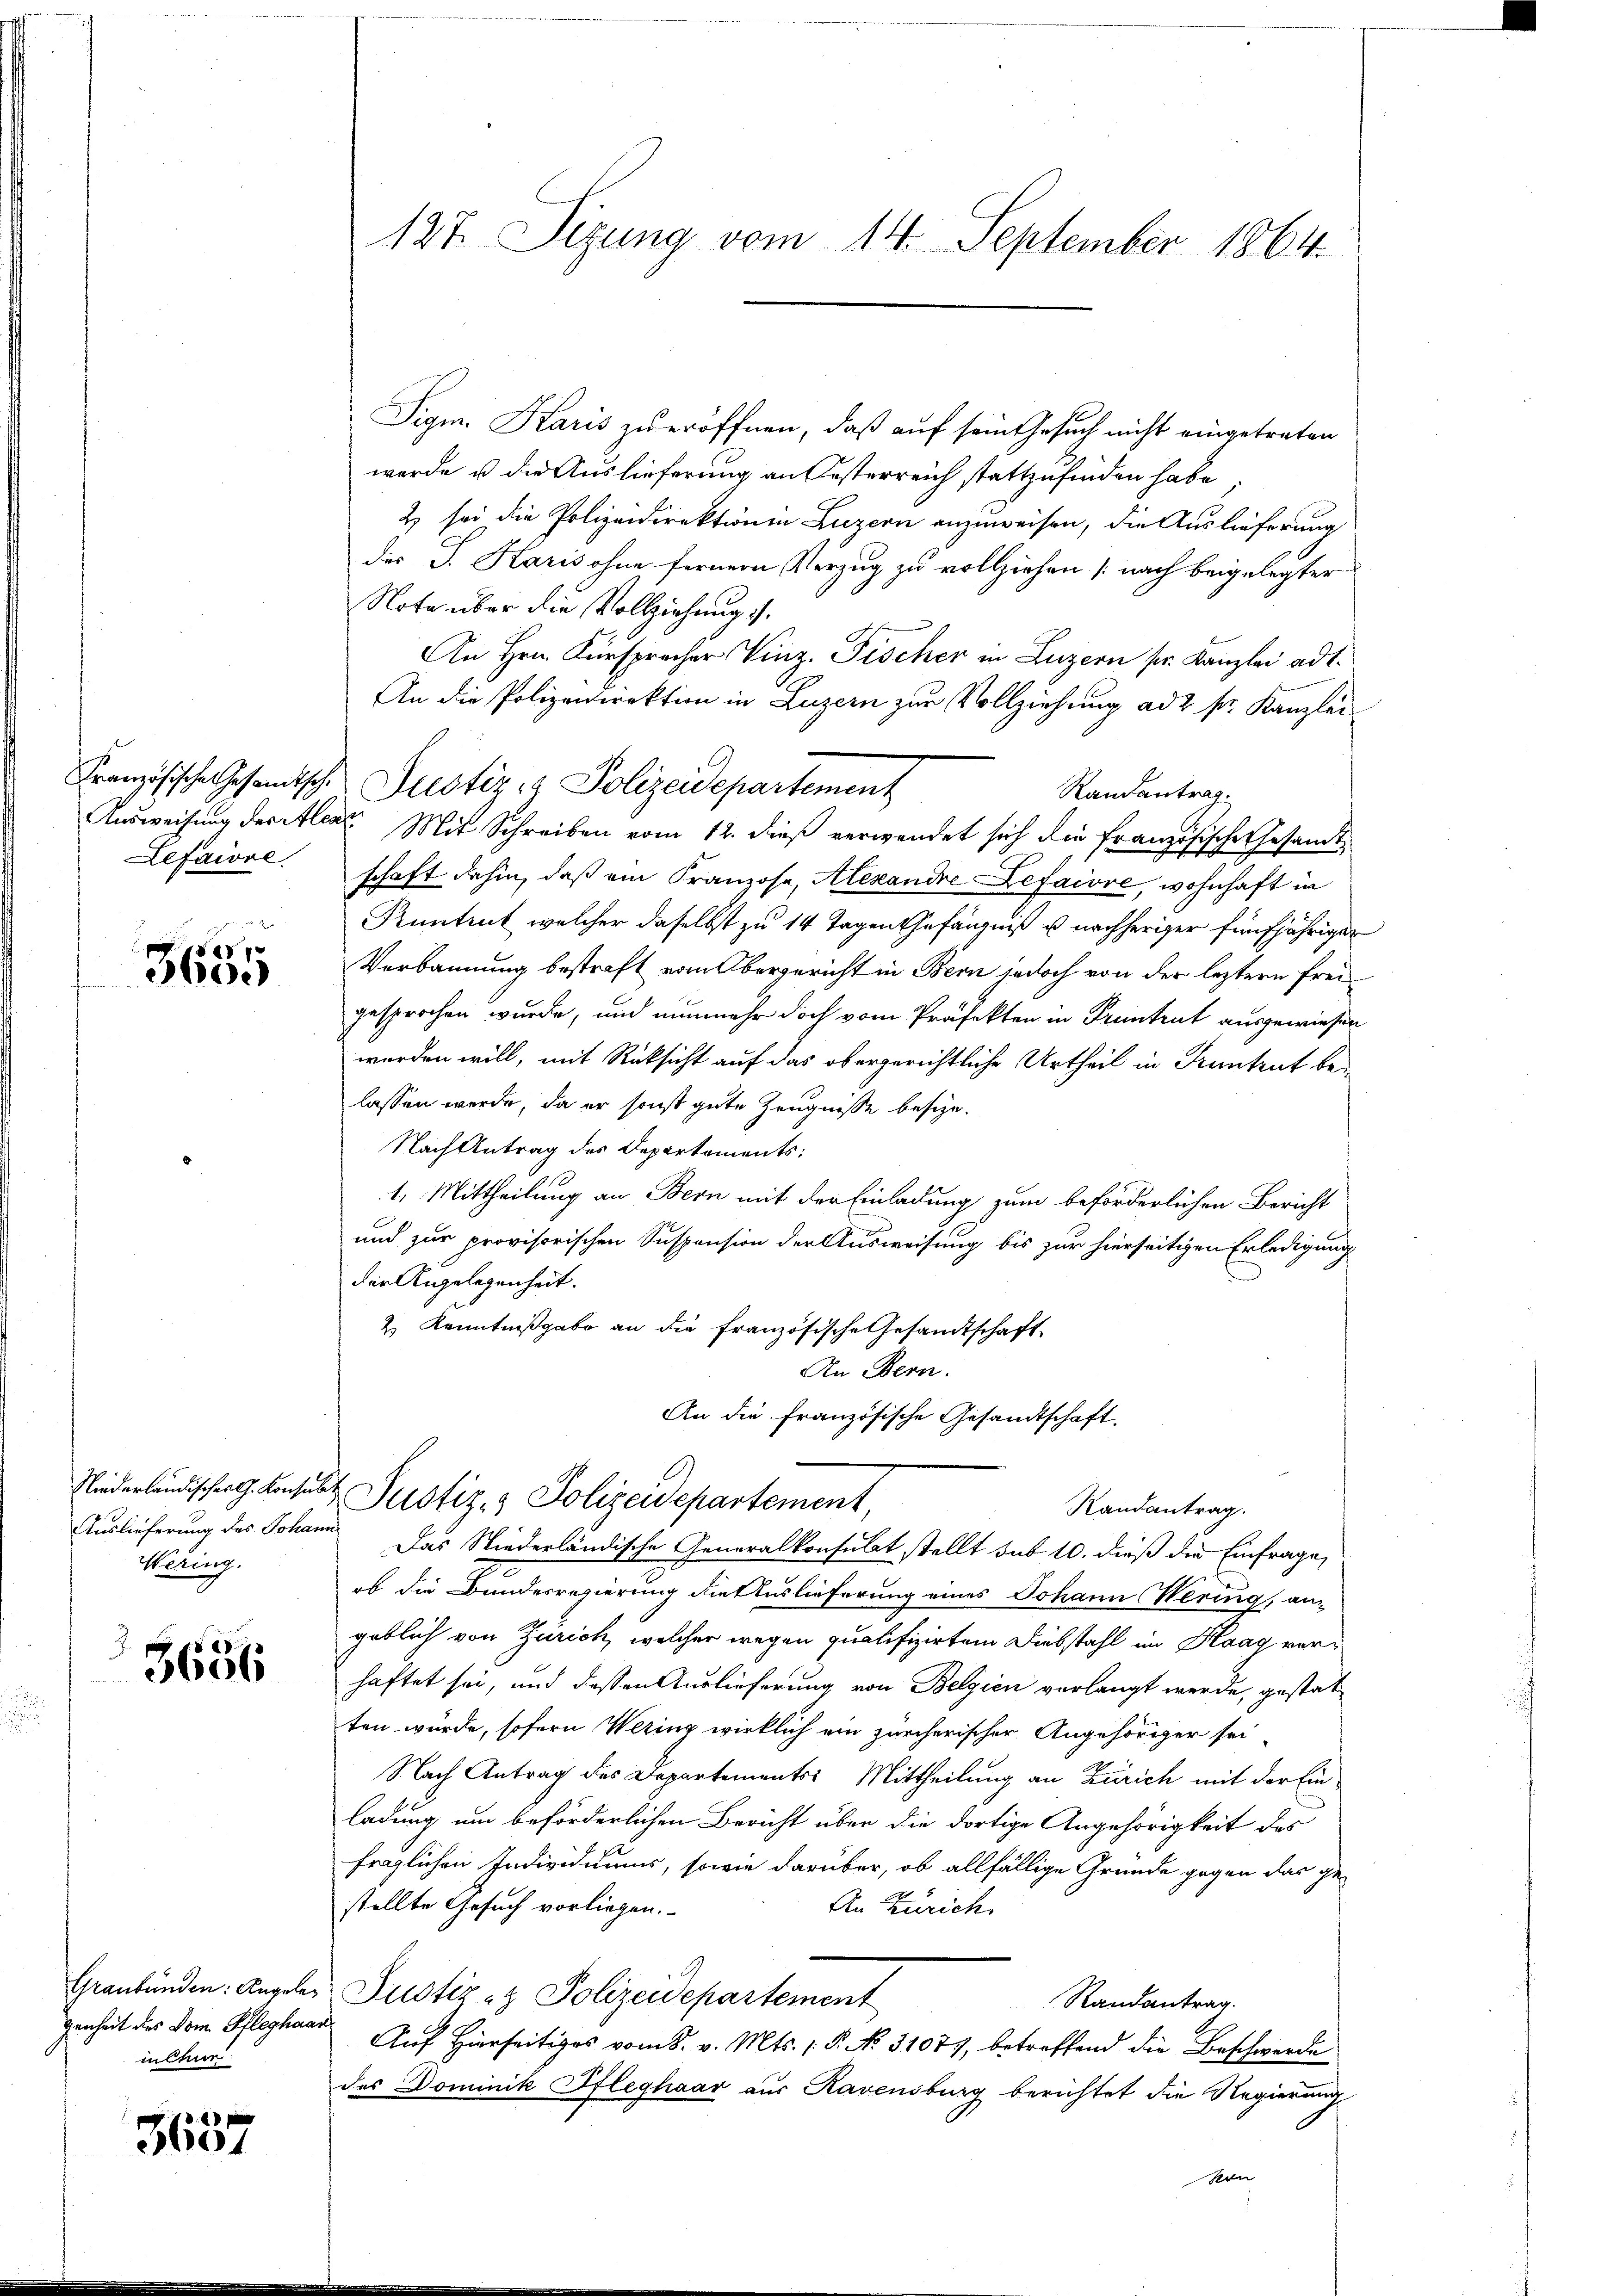
Lefaiove

3655

Wering.

3656

in Chur

.
3601

Sigm. Karis zu eröffnen, daß auf sein Gesuch nicht eingetreten
wurde u die Auslieferung an Oesterreich stattzufinden hat.
2 sei die Polizeidirektion in Luzern anzuweisen, die Auslieferung
des J. Karis ohne fernern Verzug zu vollziehen (nach beigelegter
Note über die Vollziehung .
An Hrn. Fürspracher Vinz. Fischer in Luzern sr. Kanzlei ad 1.
An die Polizeidirektion in Luzern zur Vollziehung ad 2 fr. Kanzlei
Französische Gesandtsche Prestiz- & Polizeidepartement
Randantrag.
Ausweisung der Aller Mit Schreiben vom 12. dieß verwendet sich die Französische Gesamt
schaft dahin, daß ein Franzose, Alexandre Lefaiore, wohnhaft in
Kuntrut welcher daselbst zu 14 Tagen Gefängniß u nachheriger fünfjähriger
Verbannung bestraft vom Obergericht in Bern jedoch von der leztern freigesprochen wurde, und nunmehr doch vom Präfekten in Pruntrut ausgewiesen
worden will, mit Rüksicht auf das obergerichtliche Urtheil in Kuntrut bei
lassen werde, da er sonst gute Zeugnisse besize¬
Nach Antrag des Departements:
1. Mittheilung an Bern mit der Einladung zum beförderlichen Bericht
und zur provisorischen Suspension der Ausweisung bis zur hierseitigen Erledigung
der Angelegenheit.
2) Kenntnißgabe an die französische Gesandtschaft
An Bern.
An die französische Gesandtschaft.
Niederländischer G. Conses Justiz & Polizeidepartement,
Randantrag.
Auslieferung des Johann das Niederländische Generalkonsulat stellt sub 10. dieß die Einfrage,
ob die Bundesregierung die Auslieferung eines Johann Hering, an
geblich von Zürich, welcher wegen qualifizirten Diebstahl im Haag verhaftet sei, und dessen Auslieferung von Belgien verlangt werde, gestat
ten würde, sofern Wering wirklich ein zürcherischer Angehöriger sei
Nach Antrag des Departements: Mittheilung an Zürich mit der Einladung um beförderlichen Bericht über die dortige Angehörigkeit des
fraglichen Individuums, sowie darüber, ob allfällige Gründe gegen das ge-
stellte Gesuch vorliegen.
An Zürich.
Graubünden: Angeler Justiz- & Polizeidepartement
Randantrag.
genheit des Dom Pfleghaar Auf Hierseitiges vom 8. v. Mts. 1. P. No. 31071, betreffend die Beschwerde
des Dominik Pfleghaar aus Ravensburg berichtet die Regierung
Kon

127. Sizung vom 14. September 1864.